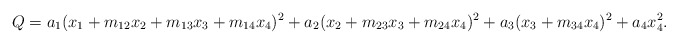
\begin{align*}Q = a_{1} (x_{1} + m_{12} x_{2} + m_{13} x_{3} + m_{14} x_{4})^{2}+ a_{2} (x_{2} + m_{23} x_{3} + m_{24} x_{4})^{2} + a_{3} (x_{3} + m_{34} x_{4})^{2}+ a_{4} x_{4}^{2}.\end{align*}